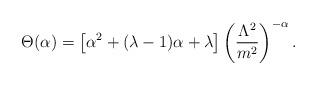
LaTeX: \begin{align*}\Theta (\alpha ) = \left[\alpha^2+(\lambda -1)\alpha +\lambda \right]{\left( \frac{\Lambda^2}{m^2}\right)}^{-\alpha}\, .\end{align*}